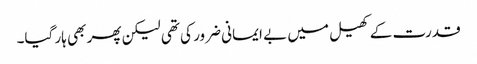
قدرت کے کھیل میں بے ایمانی ضرور کی تھی لیکن پھر بھی ہار گیا۔